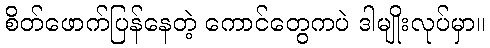
စိတ်ဖောက်ပြန်နေတဲ့ ကောင်တွေကပဲ ဒါမျိုးလုပ်မှာ။